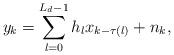
LaTeX: \begin{align*}y_{k} = \sum_{l = 0}^{L_{d}-1} h_{l}x_{k - \tau(l)} + n_{k},\end{align*}